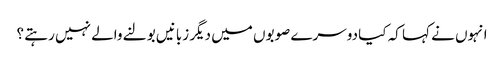
انہوں نے کہا کہ کیا دوسرے صوبوں میں دیگر زبانیں بولنے والے نہیں رہتے ؟